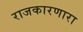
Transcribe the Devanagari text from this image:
राजकारणारा